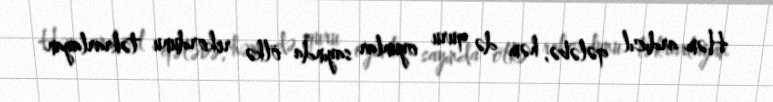
Həm ardıcıl qələbə, həm də quru oyunlar sayında ölkə rekordunu təkrarlayan